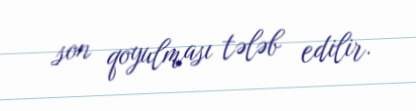
son qoyulması tələb edilir.